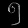
Digit: ၅